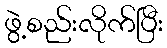
ဖွဲ့စည်းလိုက်ပြီး